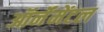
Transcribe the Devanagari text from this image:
ऑर्नॅमेंटल